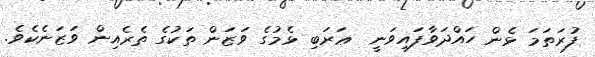
ފުރަތަމަ ޅެން ހައްދަވާފައިވަނީ  ޢަރަބި ޅެމުގެ ވަޒަން ތަކުގެ ތެރެއިން ވަޒަނެކެވެ.